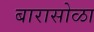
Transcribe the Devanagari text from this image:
बारासोळा